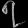
Digit: ၇